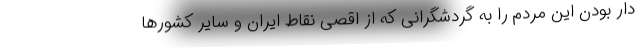
دار بودن این مردم را به گردشگرانی که از اقصی نقاط ایران و سایر کشورها